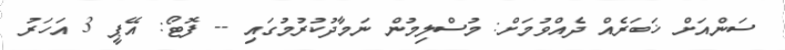
ސަންއަށް ޚަބަރެއް ދެއްވުމަށް: މުސްލިމުން ނަމާދުކުރުމުގައި -- ފޮޓޯ: އޭޕީ 3 އަހަރު